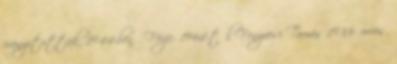
irányították, 1944-ben . Férje: 1964-től Fenyvesi Tamás 1933– orvos,